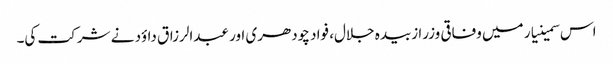
اس سمینیار میں وفاقی وزرا زبیدہ جلال، فواد چودھری اور عبدالرزاق داؤد نے شرکت کی۔